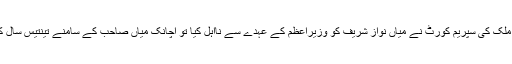
رواں سال اٹھائیس جولائی کو جب اس ملک کی سپریم کورٹ نے میاں نواز شریف کو وزیراعظم کے عہدے سے نااہل کیا تو اچانک میاں صاحب کے سامنے تینتیس سال کے سیاسی سفر کے تمام مناظر آ گئے۔